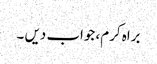
براہ کرم، جواب دیں ۔